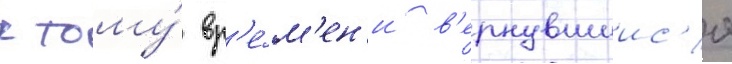
к тому́ вр'е́м'ен'и в'ернувшиис'я